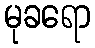
မုခရော